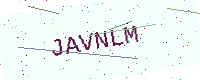
Text: JAVNLM